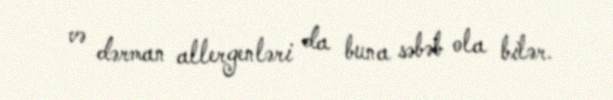
və dərman allergenləri da buna səbəb ola bilər.